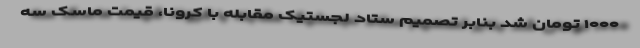
۱۰۰۰ تومان شد بنابر تصمیم ستاد لجستیک مقابله با کرونا، قیمت ماسک سه